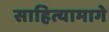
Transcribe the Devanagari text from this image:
साहित्यामागे